Report of veterinary surgeon J.H. Steel, A.V.D., on his investigation into an obscure and fatal disease among transport mules in British Burma
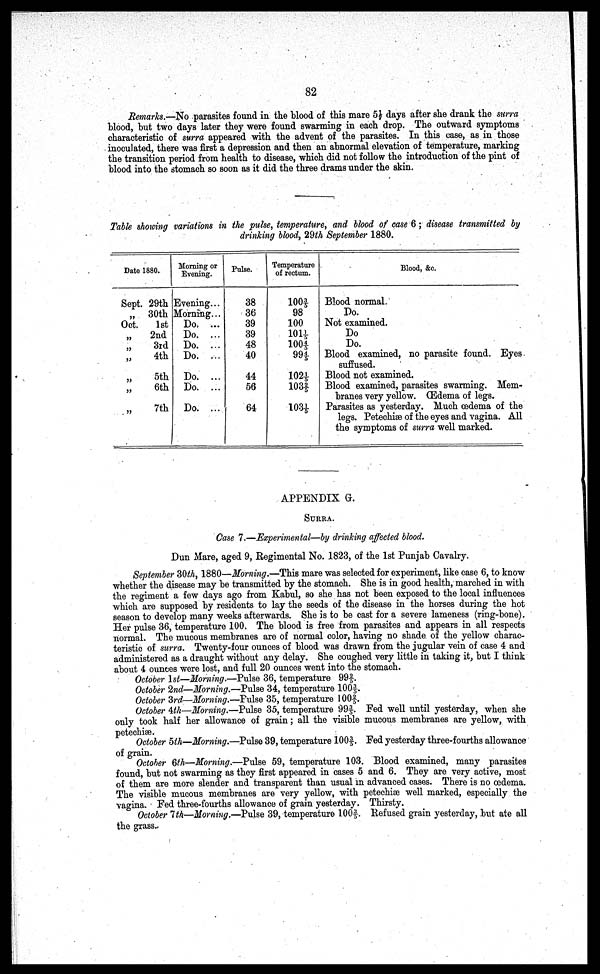
82
Remarks.—No parasites found in the blood of this mare 5½ days after she drank the surra
blood, but two days later they were found swarming in each drop. The outward symptoms
characteristic of surra appeared with the advent of the parasites. In this case, as in those
inoculated, there was first a depression and then an abnormal elevation of temperature, marking
the transition period from health to disease, which did not follow the introduction of the pint of
blood into the stomach so soon as it did the three drams under the skin.
Table showing variations in the pulse, temperature, and blood of case 6; disease transmitted by
drinking blood, 29th September 1880.
Date 1880.
Sept.
"
Oct.
"
29th
30th
1st
2nd
3rd
4th
5th
6th
7th
Morning or
Evening.
Evening...
Morning...
Do. ...
Do. ...
Do. ...
Do. ...
Do. ...
Do. ...
Do. ...
Pulse.
38
36
39
39
48
40
44
56
64
Temperature
of rectum.
100 3/5
98
100
101 1/5
100 4/5
99 4/5
102 1/5
108 2/5
103 1/5
Blood, &c.
Blood normal.
Do.
Not examined.
Do
Do.
Blood examined, no parasite found. Eyes
suffused.
Blood not examined.
Blood examined, parasites swarming. Mem-
branes very yellow. (Edema of legs.
Parasites as yesterday. Much oedema of the
legs. Petechiæ of the eyes and vagina. All
the symptoms of surra well marked.
APPENDIX G.
SURRA.
Case 7 —Experimental—by drinking affected blood.
Dun Mare, aged 9, Regimental No. 1823, of the 1st Punjab Cavalry.
September 3Oth, 1880—Morning —This mare was selected for experiment, like case 6, to know
whether the disease may be transmitted by the stomach. She is in good health, marched in with
the regiment a few days ago from Kabul, so she has not been exposed to the local influences
which are supposed by residents to lay the seeds of the disease in the horses during the hot
season to develop many weeks afterwards. She is to be cast for a severe lameness (ring-bone).
Her pulse 36, temperature 100. The blood is free from parasites and appears in all respects
normal. The mucous membranes are of normal color, having no shade of the yellow charac-
teristic of surra. Twenty-four ounces of blood was drawn from the jugular vein of case 4 and
administered as a draught without any delay. She coughed very little in taking it, but I think
about 4 ounces were lost, and full 20 ounces went into the stomach.
October 1st—Morning.—Pulse 36, temperature 99 2/5.
October 2nd—Morning.—Pulse 34, temperature 100 3/5.
October 3rd—Morning.—Pulse 35, temperature 100 2/5.
October 4th—Morning.—Pulse 35, temperature 99 3/5. Fed well until yesterday, when she
only took half her allowance of grain; all the visible mucous membranes are yellow, with
petechiae.
October 5th—Morning.—Pulse 39, temperature 100 3/5. Fed yesterday three-fourths allowance
of grain.
October 6th—Morning.—Pulse 59, temperature 103. Blood examined, many parasites
found, but not swarming as they first appeared in cases 5 and 6. They are very active, most
of them are more slender and transparent than usual in advanced cases. There is no oedema.
The visible mucous membranes are very yellow, with peteohiae well marked, especially the
vagina. Fed three-fourths allowance of grain yesterday. Thirsty.
October 7th—Morning.—Pulse 39, temperature 100 3/5. Refused grain yesterday, but ate all
the grass.